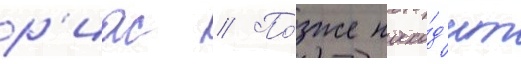
р'иас // По́зже нахо́д'ит